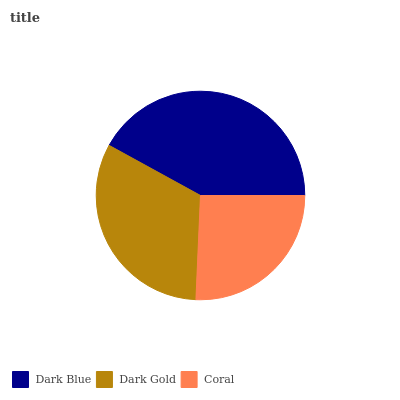
| Dark Blue | Dark Gold | Coral |
 | --- | --- | --- |
 | 42% | 32.3% | 25.6% |